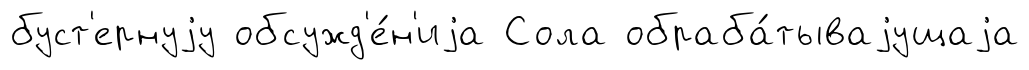
буст'ернуjу обсужд'е́н'иjа Сола обраба́тываjущаjа